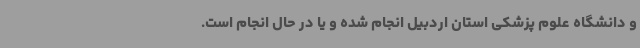
و دانشگاه علوم پزشکی استان اردبیل انجام شده و یا در حال انجام است.